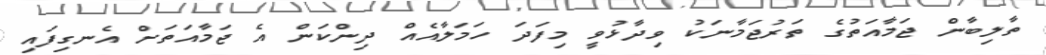
ތާލިބާން ޖަމާއަތުގެ ތަރުޖަމާނަކު ވިދާޅުވީ މިފަދަ ހަމަލާއެއް ދިންކަން އެ ޖަމާއަތަށް އެނގިފައި